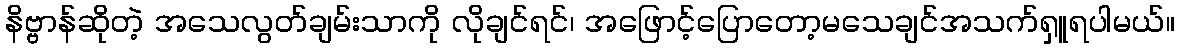
နိဗ္ဗာန်ဆိုတဲ့ အသေလွတ်ချမ်းသာကို လိုချင်ရင်၊ အဖြောင့်ပြောတော့မသေချင်အသက်ရှူရပါမယ်။